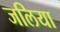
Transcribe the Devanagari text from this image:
जलिया